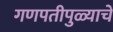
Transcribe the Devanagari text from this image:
गणपतीपुळ्याचे